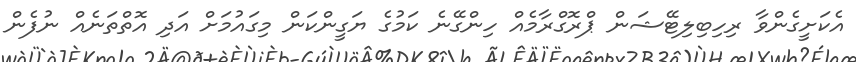
އެކަށީގެންވާ ރިހިބިލިޓޭޝަން ޕްރޮގްރާމެއް ހިންގޭނެ ކަމުގެ ޔަގީންކަން މިގައުމަށް އަދި އޮތްތަނެއް ނުފެން